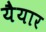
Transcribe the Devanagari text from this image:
यैयार